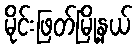
မိုင်းဖြတ်မြို့နယ်